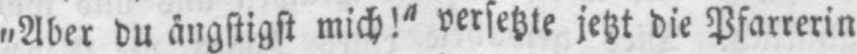
„Aber du ängstigst mich!“ versetzte jetzt die Pfarrerin